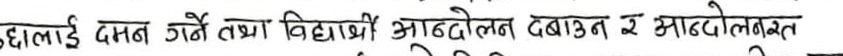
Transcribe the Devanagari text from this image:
छालई दमन गर्ने तथा विद्यार्थी आन्दोलन दबाउन र आन्दोलनरत